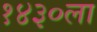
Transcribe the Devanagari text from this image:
१४३०ला